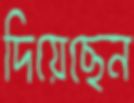
দিয়েছেন